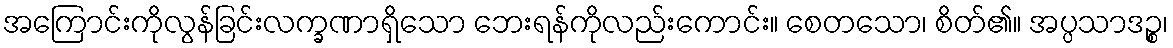
အကြောင်းကိုလွန်ခြင်းလက္ခဏာရှိသော ဘေးရန်ကိုလည်းကောင်း။ စေတသော၊ စိတ်၏။ အပ္ပသာဒဉ္စ၊